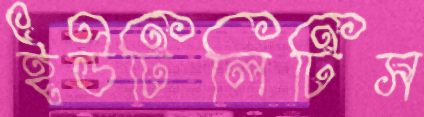
ইউটিলিটিস